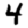
Digit: 4